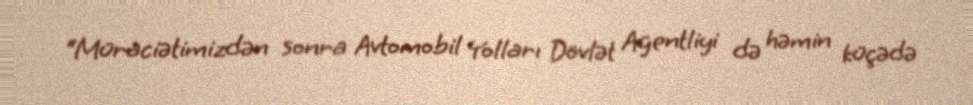
“Müraciətimizdən sonra Avtomobil Yolları Dövlət Agentliyi də həmin küçədə